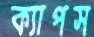
ক্যাপস